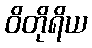
ဝိတိုရိယ